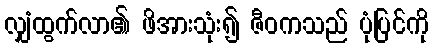
လျှံထွက်လာ၏ ဖိအားသုံး၍ ဇီဝကသည် ပုံပြင်ကို